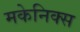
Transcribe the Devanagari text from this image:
मकेनिक्स